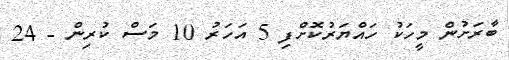
ބާރަށުން މީހަކު ހައްޔަރުކޮށްފި 5 އަހަރު 10 މަސް ކުރިން - 24